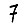
Digit: 7